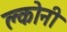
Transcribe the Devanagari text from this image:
क्लोनी